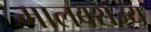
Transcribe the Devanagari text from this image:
मालवराज्य